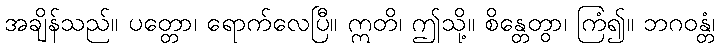
အချိန်သည်။ ပတ္တော၊ ရောက်လေပြီ။ ဣတိ၊ ဤသို့။ စိန္တေတွာ၊ ကြံ၍။ ဘဂဝန္တံ၊